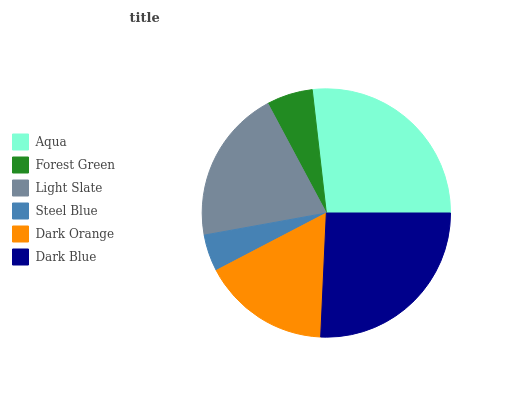
| Aqua | Forest Green | Light Slate | Steel Blue | Dark Orange | Dark Blue |
 | --- | --- | --- | --- | --- | --- |
 | 26.8% | 6% | 20.1% | 4.81% | 16.6% | 25.8% |